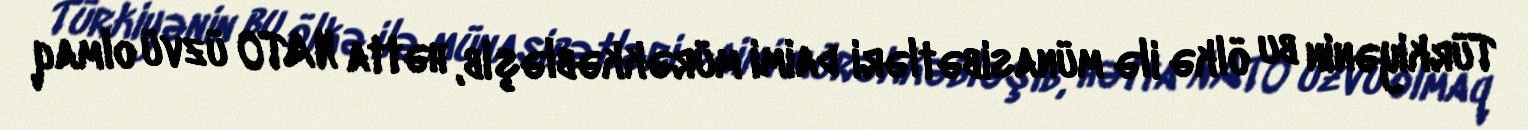
Türkiyənin bu ölkə ilə münasibətləri daimi mürəkkəbləşib, hətta NATO üzvü olmaq